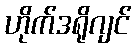
ဟိုက်ဒရိုဂျင်